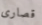
قصارى